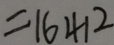
= 1 6 4 1 2